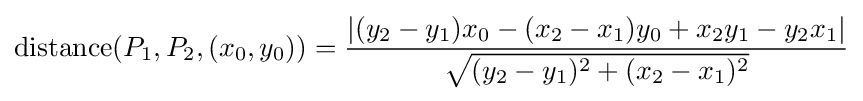
\operatorname {distance} (P_{1},P_{2},(x_{0},y_{0}))={\frac {|(y_{2}-y_{1})x_{0}-(x_{2}-x_{1})y_{0}+x_{2}y_{1}-y_{2}x_{1}|}{\sqrt {(y_{2}-y_{1})^{2}+(x_{2}-x_{1})^{2}}}}